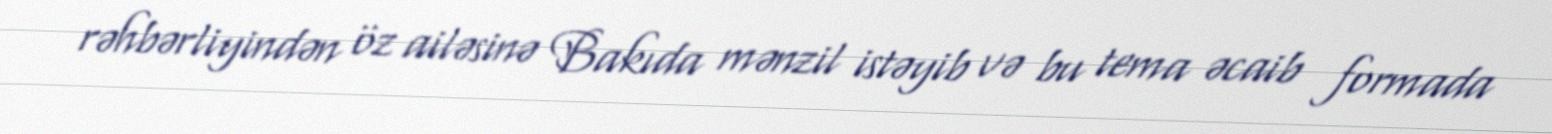
rəhbərliyindən öz ailəsinə Bakıda mənzil istəyib və bu tema əcaib formada